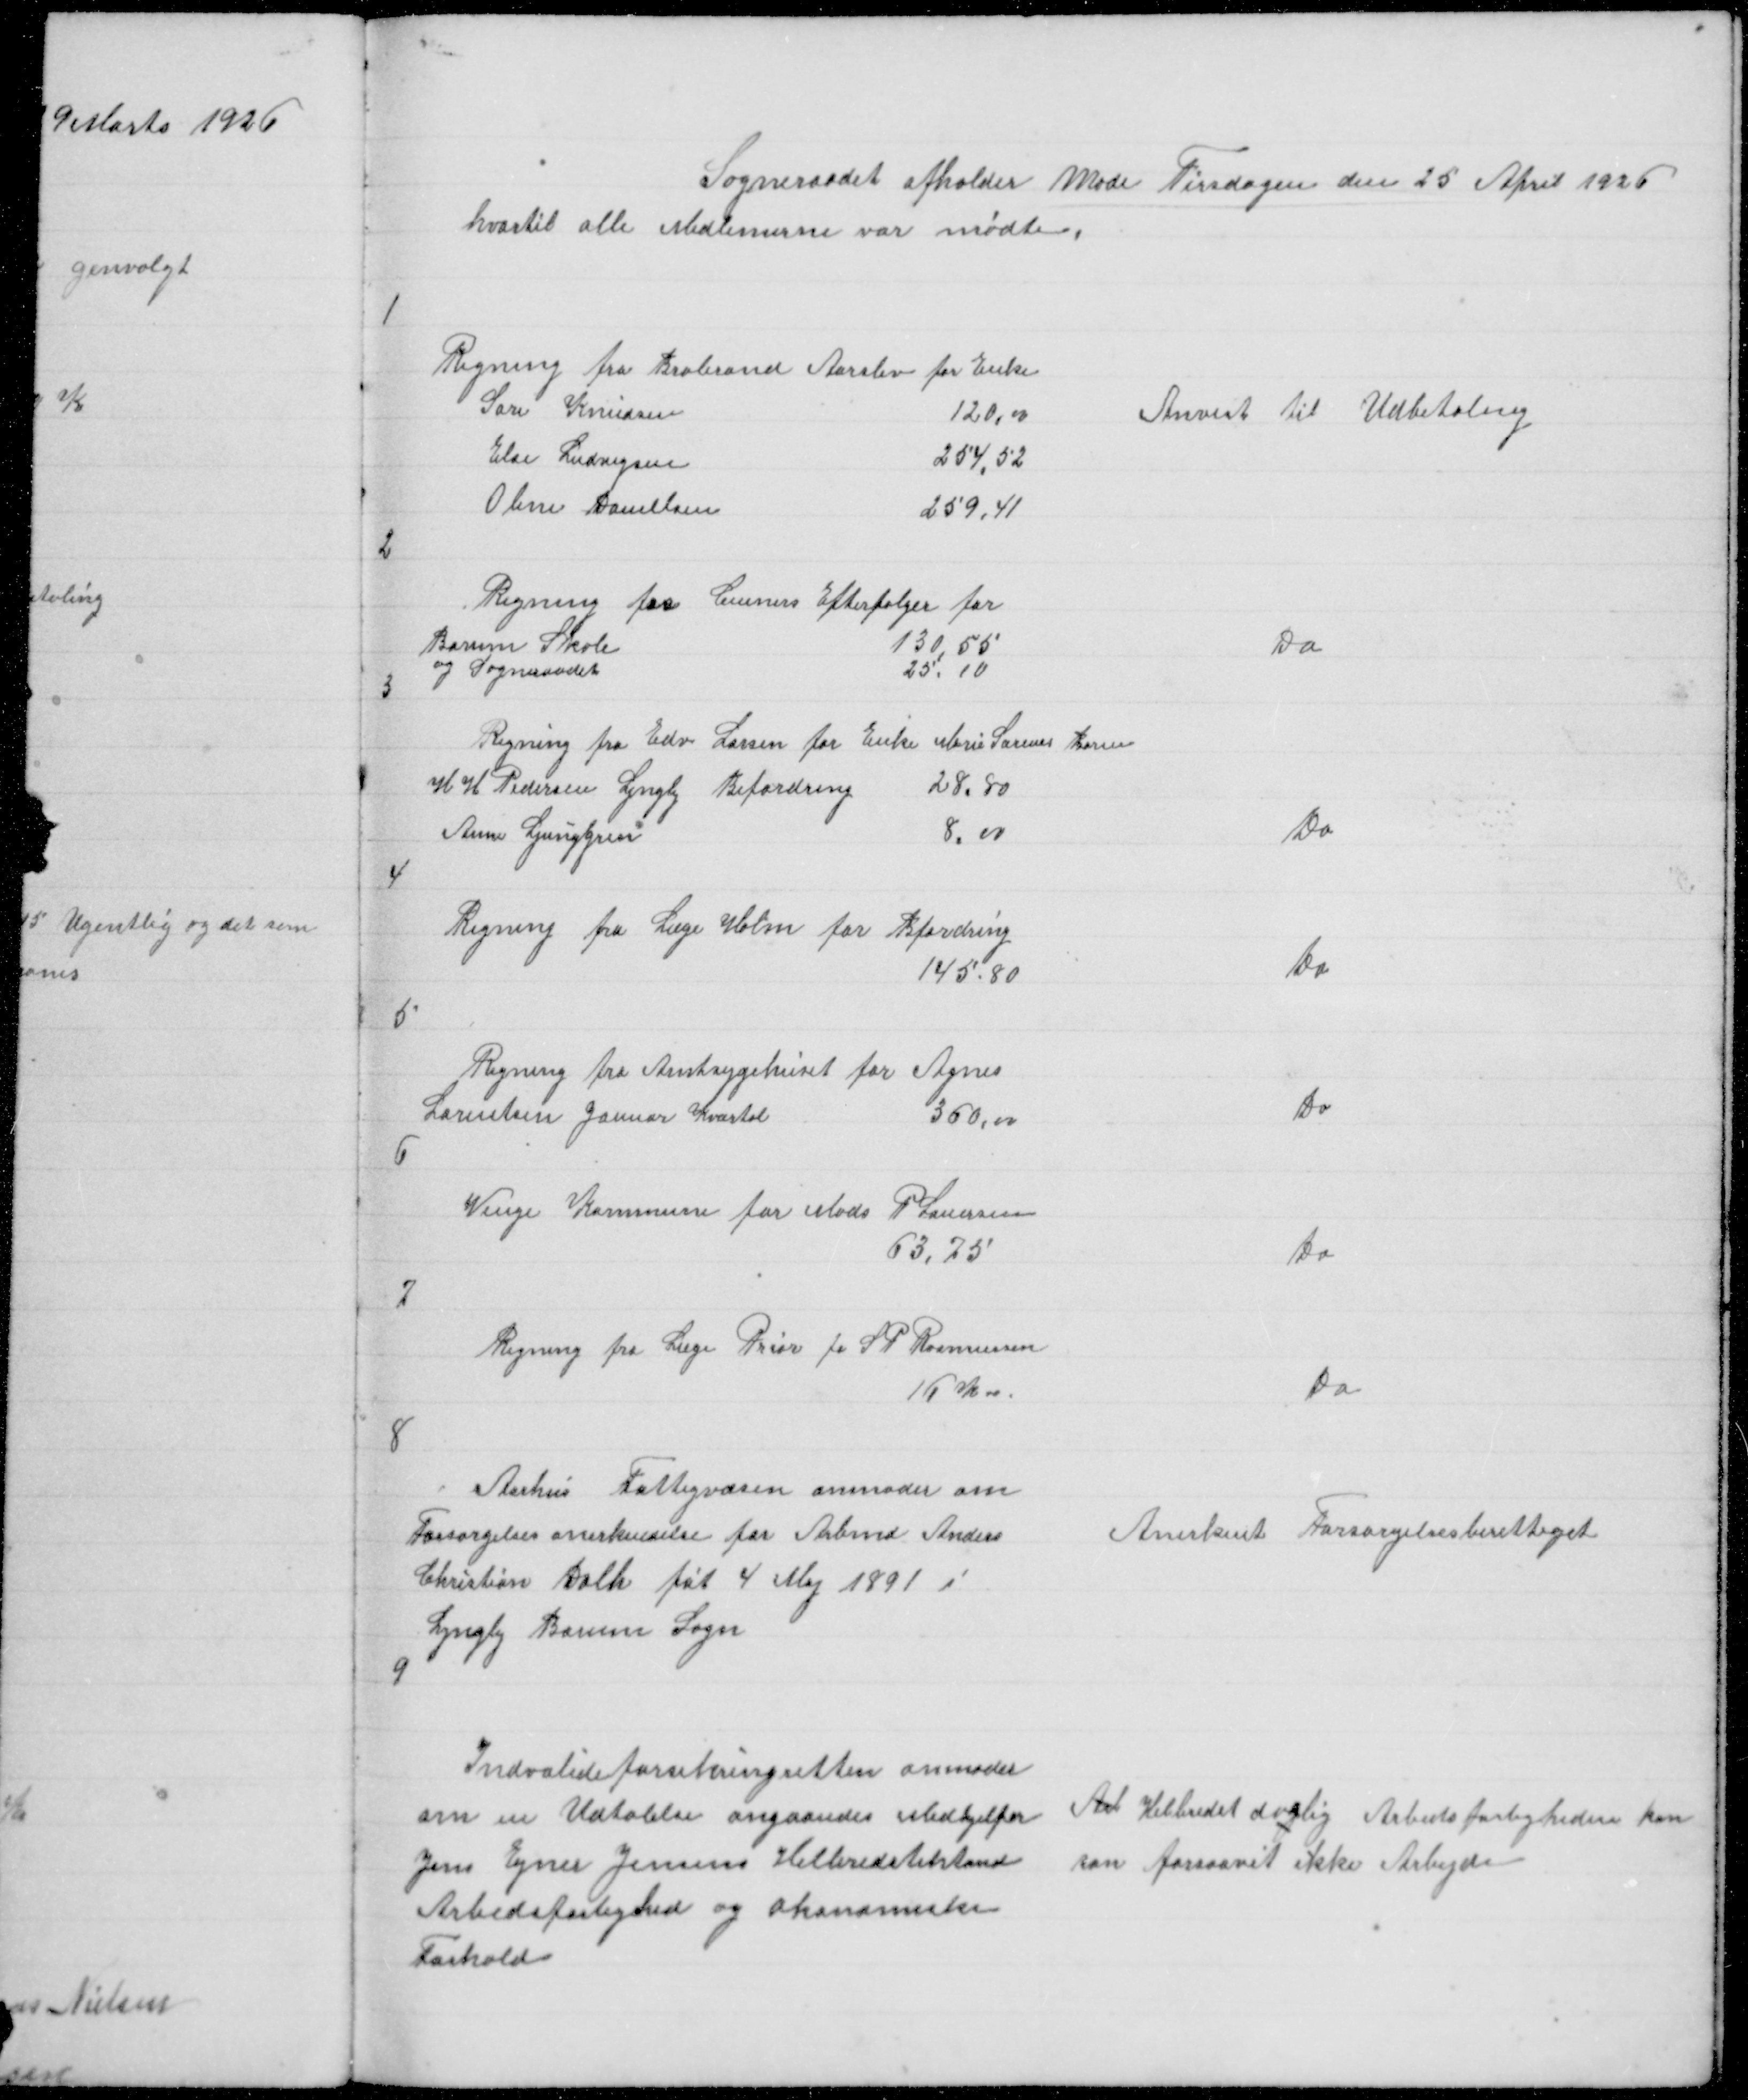
Transskription:
Sogneraadet afholder Møde Tirsdagen den 25 April 1926
hvortil alle Medlemerne var mødte

1

Anvist til Udbetaling

2

Do

3

5
Regning fra Amtsygehuset for Agnes
Lorentsen Januar Kvartal
360,00
6

Do

Venge Kommune for Mads P Lauersen
63,75

Do

7

Regning fra Læge Prior for S P Rasmussen
16 K 00

Do

8

Aarhus Fattigvæsen anmoder om
Forsørgelsesanerkendelse for Arbmd Anders
Christian Dahl føt 4 Maj 1891 i
Lyngby Borum Sogn
9

Anerkent Forsørgelsesberettiget

Indvalideforsikringsretten anmoder
om en Udtalelse angaaendes Medhjelper
Jens Ejner Jensens Helbredstilstand
Arbedsførlighed og økonomiske
Forhold

Arb Helbredet daalig Arbedsførligheden kan
som forsaavit ikke Arbejde